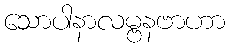
သောပါနာလမ္ဗနဗာဟာ